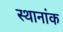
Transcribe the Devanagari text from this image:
स्थानांक